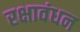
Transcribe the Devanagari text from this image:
रक्षावंधन